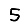
Digit: 5